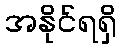
အနိုင်ရရှိ